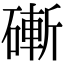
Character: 𥕌